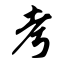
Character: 考